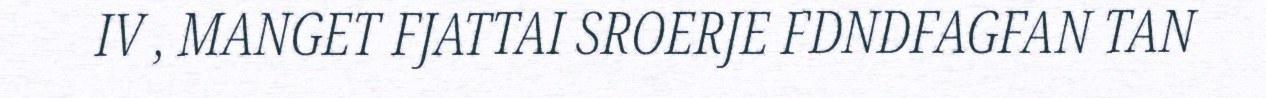
IV , MANGET FJATTAI SROERJE FDNDFAGFAN TAN